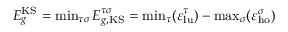
\begin{array} { r } { E _ { g } ^ { \mathrm { K S } } = \operatorname* { m i n } _ { \tau \sigma } E _ { g , \mathrm { K S } } ^ { \tau \sigma } = \operatorname* { m i n } _ { \tau } ( \varepsilon _ { \mathrm { l u } } ^ { \tau } ) - \operatorname* { m a x } _ { \sigma } ( \varepsilon _ { \mathrm { h o } } ^ { \sigma } ) } \end{array}